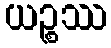
ယဉ္စဿ